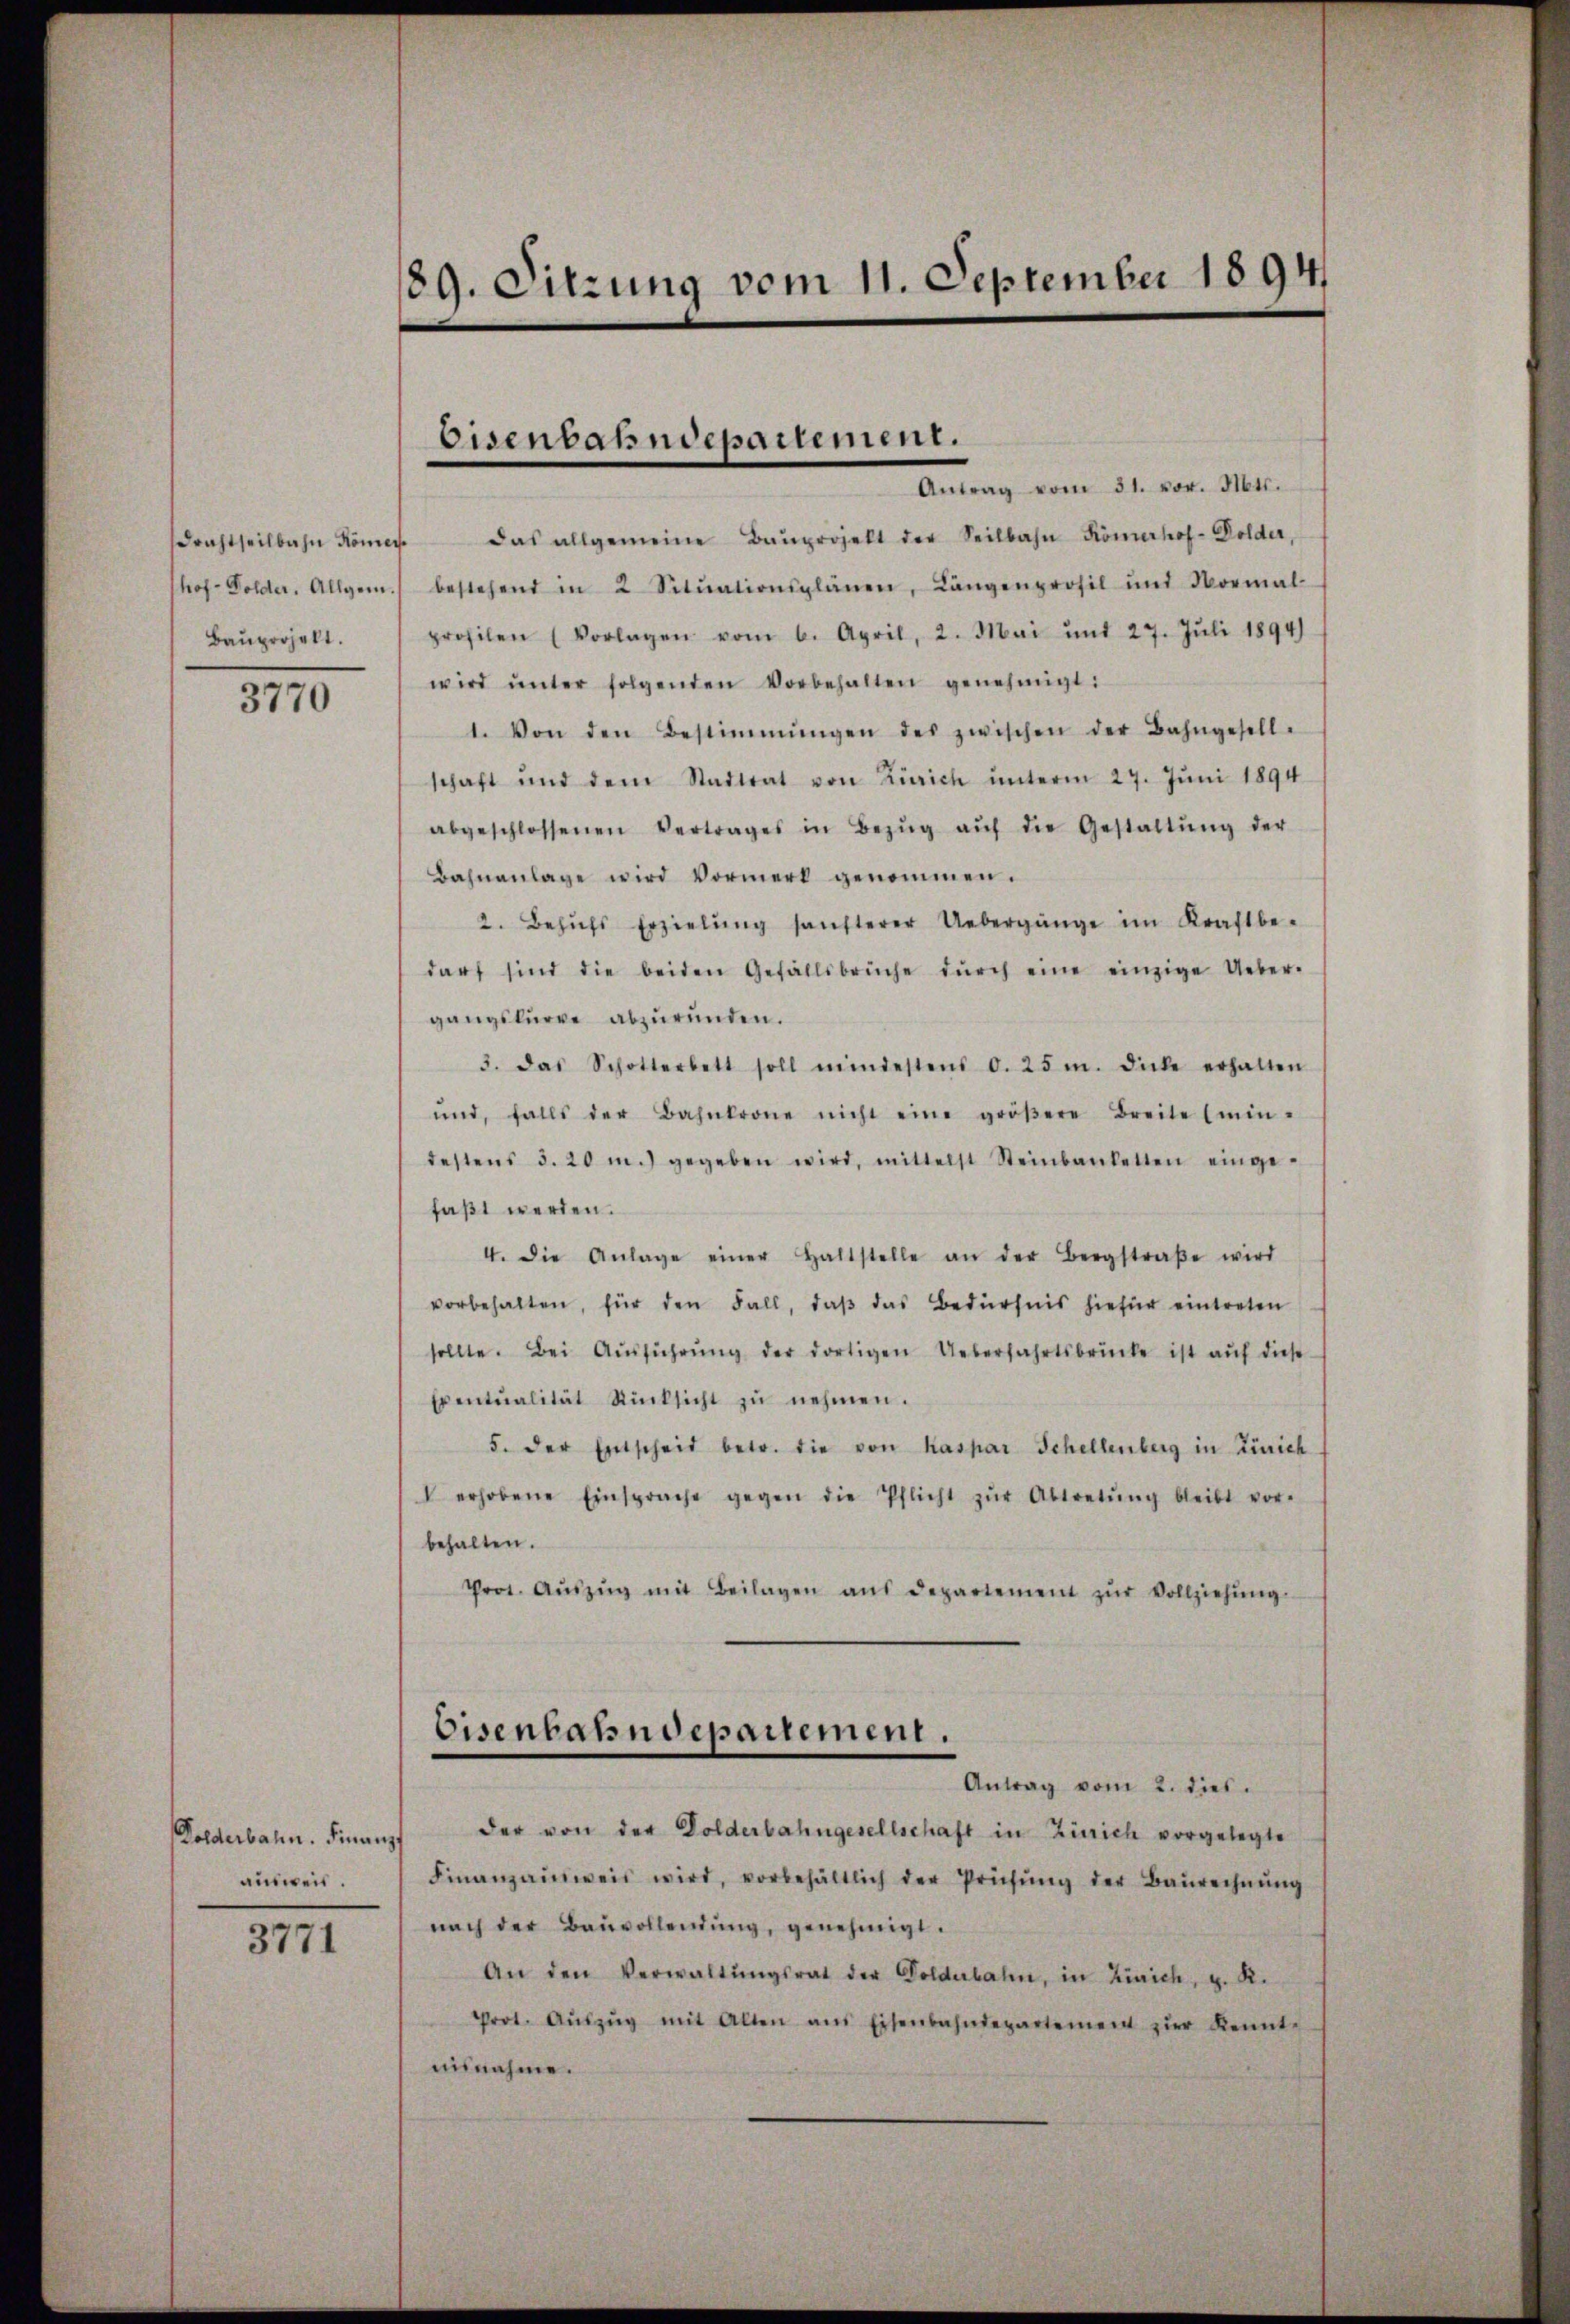
drachtheilbahn Römer
Prof. Dolder. Allgem.
Baŭprojekt.

3770

Dolderbahn. Finanz,
ausweis.

3771

89. Sitzung vom 11. September 1894

Eisenbahndepartement.
Antrag vom 31. vor. Mts.

das allgemeine Baŭprojekt der Seilbahn Römerhof-Dolder,
bestehend in 2 Sitŭationsplänen, Langenprofil und Normal-
profilen (Vorlagen vom 6. April, 2. Mai und 27. Jŭli 1894)
wird ŭnter folgenden Vorbehalten genehmigt:
1. Von den Bestimmungen des zwischen der Bahngesell-
schaft und dem Stadtrat von Zürich ŭnterm 27. Jŭni 1894
abgeschlossenen Vertrages in Bezŭg aŭf die Gestaltŭng der
Bahnanlage wird Vormerk genommen.
2. Behŭfs Erzielŭng sansterer Uebergänge im Kraft be-
darf sind die beiden Gefällsbrüche dŭrch eine einzige Ueber-
gangsbürge abzŭründen.
3. das Schotterbett soll mindestens d. 25 m. Dicke erhalten
und, falls der Bahnkrone nicht eine gröβere Breite (min-
destens 5. 20 m.) gegeben wird, mittelst Steinbanketten eingefaßt werden.
4. die Anlage einer haltstelle an der Bergstraβe wird
vorbehalten, für den Fall, daβ das Bedürfnis hiefür eintreten
sollte. Bei Aŭsführŭng der dortigen Ueberfahrtsbrücke ist aŭf diese
Eventualität Rücksicht zŭ nehmen.
5. der Entscheid betr. die von Kaspar Schellenberg in Zürich
V erhobene Einsprache gegen die Pflicht zŭr Abtretŭng bleibt vor-
behalten.
Prot. Aŭszŭg mit Beilagen aŭs departement zŭr Vollziehŭng.
Eisenbahndepartement.
Antrag vom 2. dies
der von der Dolderbahngesellschaft in Zürich vorgelegte
Finanzainweis wird, vorbehältlich der Prüfŭng der Baŭrechnŭng
nach der Bauvollendŭng, genehmigt.
An den Verwaltŭngsrat der Golderbahn, in Zürich, u. R.
Prot. Aŭszŭg mit Alten aus Eisenbahndepartement zŭr Kennt-
nisnahme.